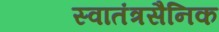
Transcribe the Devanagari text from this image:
स्वातंत्रसैनिक